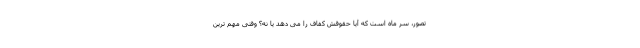
تصور، سر ماه است که آیا حقوقش کفاف را می دهد یا نه؟ وقتی مهم ترین